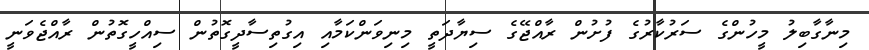
މިނާގާބިލު މީހުންގެ ސަރުކާރުގެ ފުށުން ރާއްޖޭގެ ސިޔާދަތީ މިނިވަންކަމާއި އިގުތިސާދީގޮތުން ސިއްހީގޮތުން ރާއްޖެވަނީ